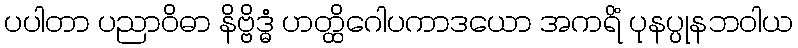
ပပါတာ ပညာဝိဓာ နိဗ္ဗိဒ္ဓံ ဟတ္ထိဂေါပကာဒယော အကရိံ ပုနပ္ပုနဘဝါယ